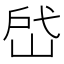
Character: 𰎣